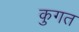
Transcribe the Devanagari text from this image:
कुगत